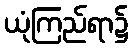
ယုံကြည်ရာ၌